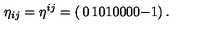
\eta _ { i j } = \eta ^ { i j } = \left( \begin{matrix} { 0 } & { 1 } & { 0 } \\ { 1 } & { 0 } & { 0 } \\ { 0 } & { 0 } & { - 1 } \\ \end{matrix} \right) .